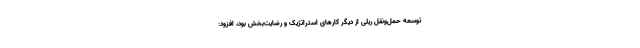
توسعه حمل‌ونقل ریلی از دیگر کارهای استراتژیک و رضایت‌بخش بود، افزود: